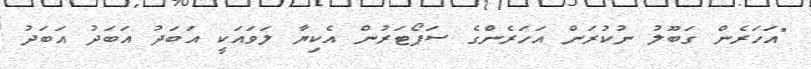
"އަހަރެން ގަބޫލު ނުކުރަން އަހަރެންގެ ސަޕޯޓަރުން އެކިޔާ ލަވައަކީ އަބަދު އަބަދު އަބަދު